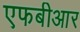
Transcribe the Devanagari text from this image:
एफबीआर